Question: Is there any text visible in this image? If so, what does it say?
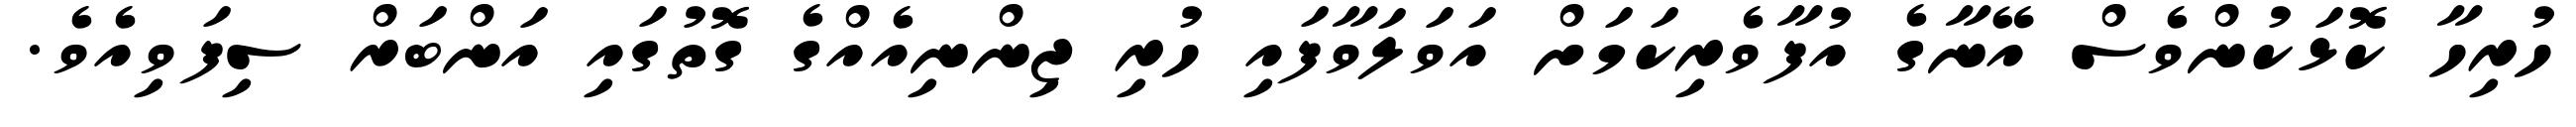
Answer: ހުރިހާ ކޮޅަކުންވެސް އޭނާގެ އުފާވެރިކަމަށް އަވަލަވާފައި ހުރި ޖިންނިއެއްގެ ގޮތުގައި އަންބަރް ސިފަވިއެވެ.